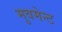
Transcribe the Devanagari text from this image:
मुवमेन्ट